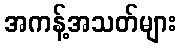
အကန့်အသတ်များ